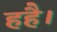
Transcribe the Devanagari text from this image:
हहै।